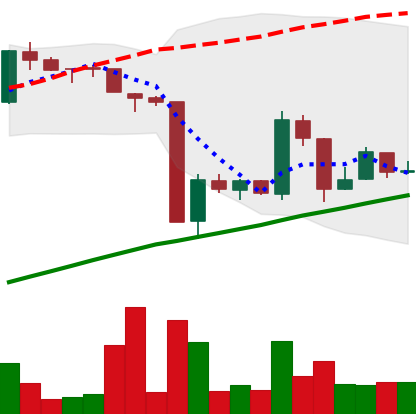
Ticker: BTC-USD
Chart end date: 2016-01-26
Forward return: -5.964%
Label: down_5_7